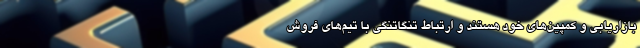
بازاریابی و کمپین‌های خود هستند و ارتباط تنگاتنگی با تیم‌های فروش